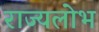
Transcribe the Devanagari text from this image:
राज्यलोभ